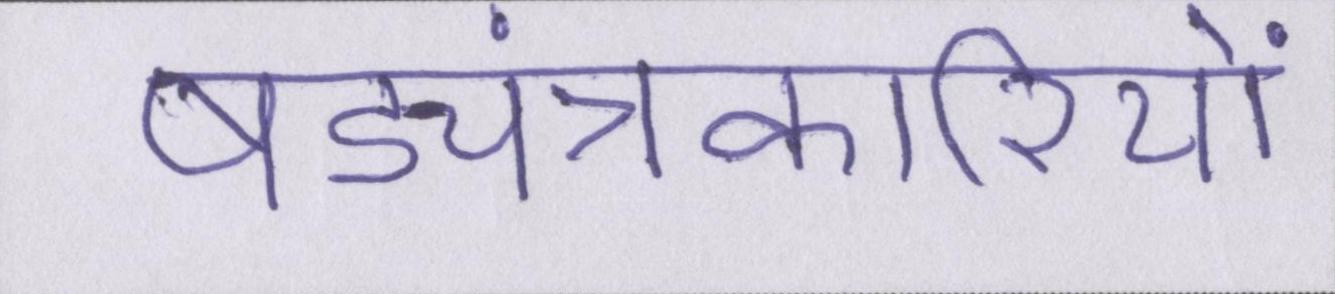
षड्यंत्रकारियों